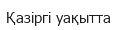
Қазіргі уақытта